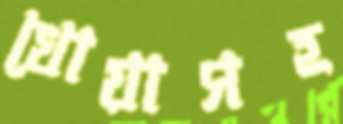
খোয়াসহ